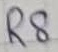
Text: R8